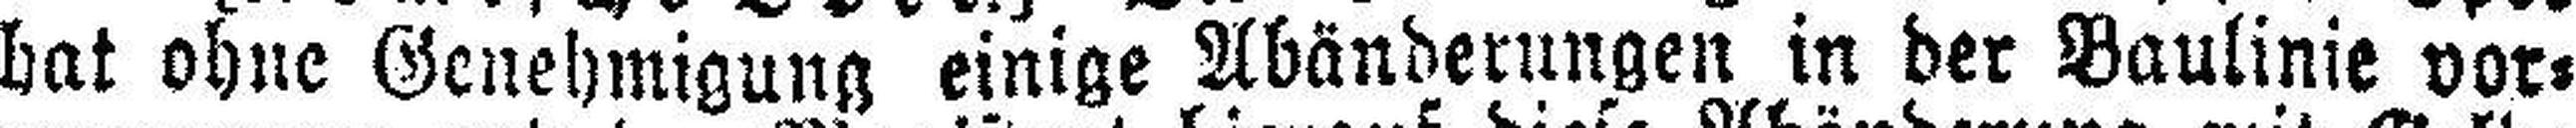
hat ohne Genehmigung einige Abänderungen in der Baulinie vor¬